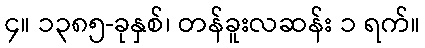
၄။ ၁၃၈၅-ခုနှစ်၊ တန်ခူးလဆန်း ၁ ရက်။